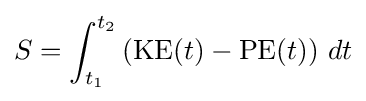
S=\int _{t_{1}}^{t_{2}}\left({\text{KE}}(t)-{\text{PE}}(t)\right)\,dt